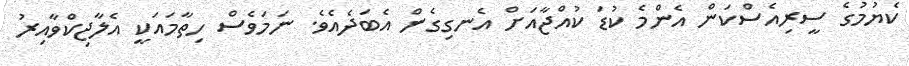
ކެޔުމުގެ ސީރިއެސްކަން އެންމެ ކުޑަ ކުއްޖާއަށް އެނގިގެން އެބަދެއެވެ. ނަމަވެސް ހިތާމައަކީ އެލާޖިކްވާއިރު